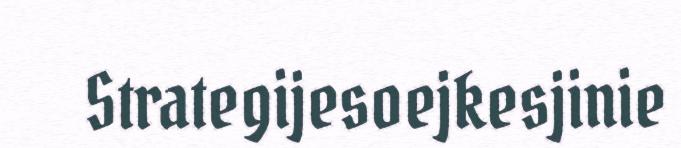
Strategijesoejkesjinie